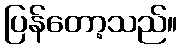
ပြန်တော့သည်။